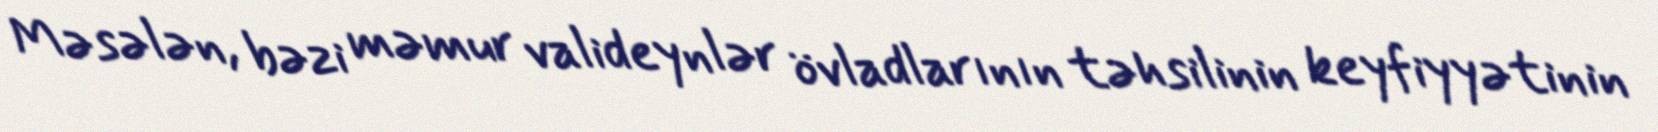
Məsələn, bəzi məmur valideynlər övladlarının təhsilinin keyfiyyətinin